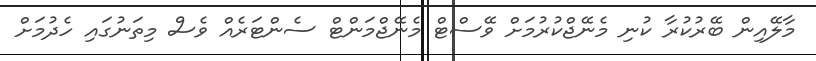
މާލޭއިން ބޭރުކުރާ ކުނި މެނޭޖްކުރުމަށް ވޭސްޓް މެނޭޖްމަންޓް ސެންޓަރެއް ވެސް މިތަނުގައި ހެދުމަށް